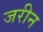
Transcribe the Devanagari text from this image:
जरीन